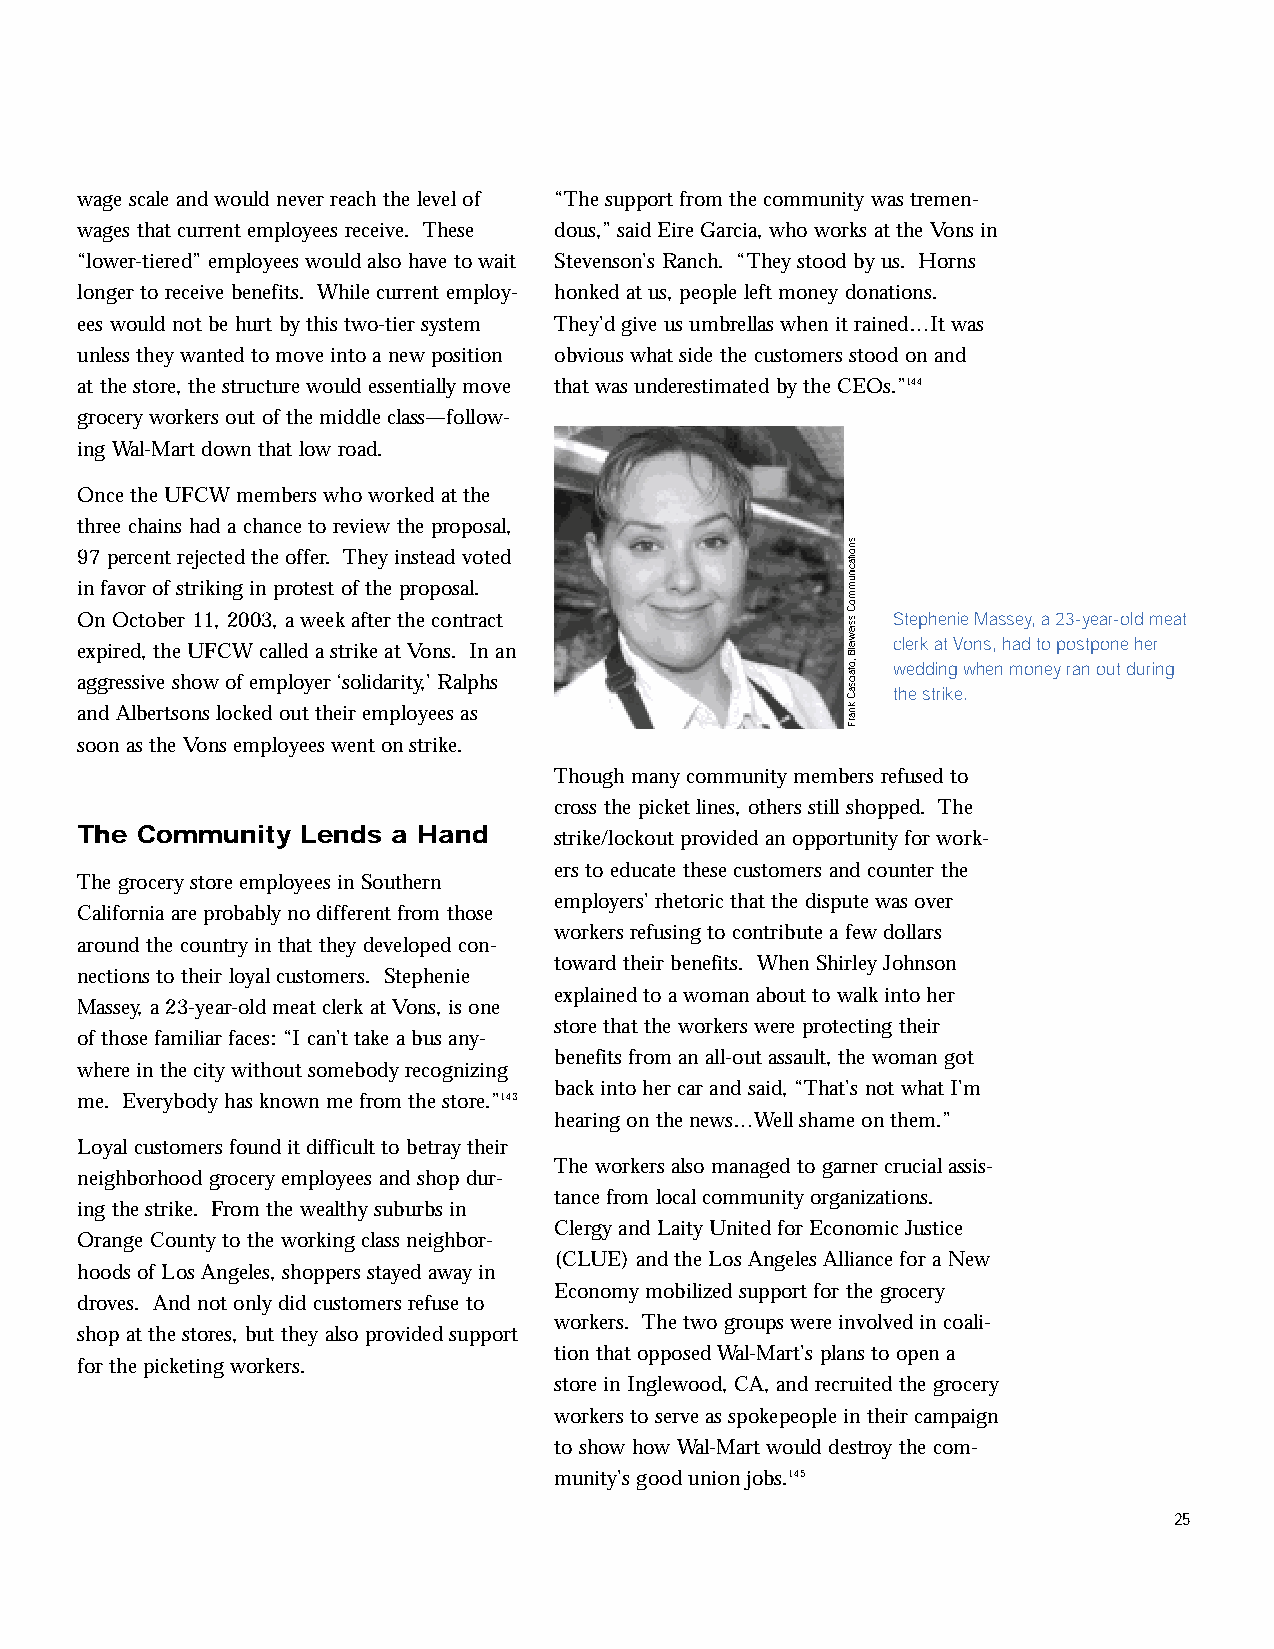
inside2.qxd 11/8/2005 11:17 AM Page 25
 wage scale and would never reach the level of “The support from the community was tremen-
 wages that current employees receive. These dous,” said Eire Garcia, who works at the Vons in
 “lower-tiered” employees would also have to wait Stevenson’s Ranch. “They stood by us. Horns
 longer to receive benefits. While current employ- honked at us, people left money donations.
 ees would not be hurt by this two-tier system They’d give us umbrellas when it rained…It was
 unless they wanted to move into a new position obvious what side the customers stood on and
 at the store, the structure would essentially move that was underestimated by the CEOs.”144
 grocery workers out of the middle class—follow-
 ing Wal-Mart down that low road.
 Once the UFCW members who worked at the
 three chains had a chance to review the proposal,
 97 percent rejected the offer. They instead voted
 in favor of striking in protest of the proposal.
 On October 11, 2003, a week after the contract        Stephenie Massey, a 23-year-old meat
 expired, the UFCW called a strike at Vons. In an      clerk at Vons, had to postpone her
 wedding when money ran out during
 aggressive show of employer ‘solidarity,’ Ralphs
 the strike.
 and Albertsons locked out their employees as
 soon as the Vons employees went on strike.
 Though many community members refused to
 cross the picket lines, others still shopped. The
 The Community  Lends a Hand
 strike/lockout provided an opportunity for work-
 ers to educate these customers and counter the
 The grocery store employees in Southern
 employers’ rhetoric that the dispute was over
 California are probably no different from those
 workers refusing to contribute a few dollars
 around the country in that they developed con-
 toward their benefits. When Shirley Johnson
 nections to their loyal customers. Stephenie
 explained to a woman about to walk into her
 Massey, a 23-year-old meat clerk at Vons, is one
 store that the workers were protecting their
 of those familiar faces: “I can’t take a bus any-
 benefits from an all-out assault, the woman got
 where in the city without somebody recognizing
 back into her car and said, “That’s not what I’m
 me. Everybody has known me from the store.”143
 hearing on the news…Well shame on them.”
 Loyal customers found it difficult to betray their
 The workers also managed to garner crucial assis-
 neighborhood grocery employees and shop dur-
 tance from local community organizations.
 ing the strike. From the wealthy suburbs in
 Clergy and Laity United for Economic Justice
 Orange County to the working class neighbor-
 (CLUE) and the Los Angeles Alliance for a New
 hoods of Los Angeles, shoppers stayed away in
 Economy mobilized support for the grocery
 droves. And not only did customers refuse to
 workers. The two groups were involved in coali-
 shop at the stores, but they also provided support
 tion that opposed Wal-Mart’s plans to open a
 for the picketing workers.
 store in Inglewood, CA, and recruited the grocery
 workers to serve as spokepeople in their campaign
 to show how Wal-Mart would destroy the com-
 munity’s good union jobs.145
 25
 snoitacinummoC
 ssiewielB
 ,otaicsaC
 knarF